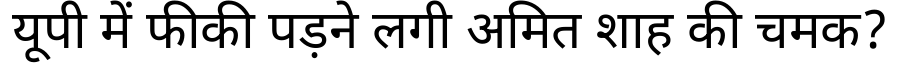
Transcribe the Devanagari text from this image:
यूपी में फीकी पड़ने लगी अमित शाह की चमक?